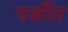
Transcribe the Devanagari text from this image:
पर्कीत